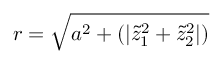
r = \sqrt { a ^ { 2 } + ( | \tilde { z } _ { 1 } ^ { 2 } + \tilde { z } _ { 2 } ^ { 2 } | ) }